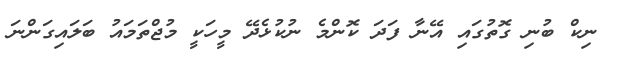
ނިކް ބުނި ގޮތުގައި އޭނާ ފަދަ ކޮންމެ ނުކުޅެދޭ މީހަކީ މުޖްތަމައު ބަލައިގަންނަ